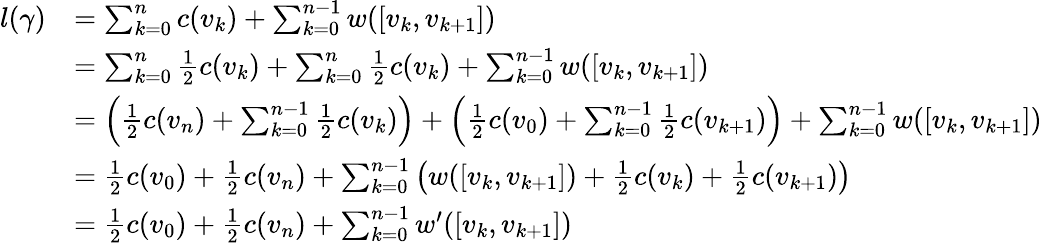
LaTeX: \begin{array}{rl}{l(\gamma)}&{=\sum_{k=0}^{n}c(v_{k})+\sum_{k=0}^{n-1}w([v_{k},v_{k+1}])}\\ &{=\sum_{k=0}^{n}\frac{1}{2}c(v_{k})+\sum_{k=0}^{n}\frac{1}{2}c(v_{k})+\sum_{k=0}^{n-1}w([v_{k},v_{k+1}])}\\ &{=\left(\frac{1}{2}c(v_{n})+\sum_{k=0}^{n-1}\frac{1}{2}c(v_{k})\right)+\left(\frac{1}{2}c(v_{0})+\sum_{k=0}^{n-1}\frac{1}{2}c(v_{k+1})\right)+\sum_{k=0}^{n-1}w([v_{k},v_{k+1}])}\\ &{=\frac{1}{2}c(v_{0})+\frac{1}{2}c(v_{n})+\sum_{k=0}^{n-1}\left(w([v_{k},v_{k+1}])+\frac{1}{2}c(v_{k})+\frac{1}{2}c(v_{k+1})\right)}\\ &{=\frac{1}{2}c(v_{0})+\frac{1}{2}c(v_{n})+\sum_{k=0}^{n-1}w^{\prime}([v_{k},v_{k+1}])}\end{array}